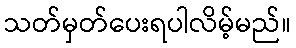
သတ်မှတ်ပေးရပါလိမ့်မည်။